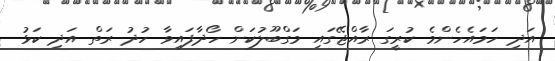
އަދި ހަމައެހެންމެ ކުރީގަ ރާއްޖޭގައި މަގްބޫލުކަން ހޯދާފައިވާ ހުދު ރަތް އަދި ކަޅު